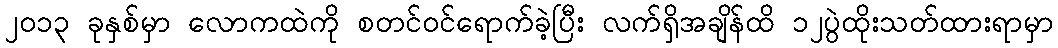
၂၀၁၃ ခုနှစ်မှာ လောကထဲကို စတင်ဝင်ရောက်ခဲ့ပြီး လက်ရှိအချိန်ထိ ၁၂ပွဲထိုးသတ်ထားရာမှာ